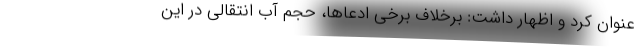
عنوان کرد و اظهار داشت: برخلاف برخی ادعاها، حجم آب انتقالی در این